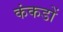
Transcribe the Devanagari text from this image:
कंकडों